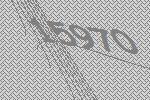
15970